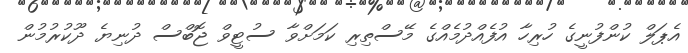
އެޕަލް ކުންފުނީގެ ހުރިހާ އުފެއްދުމެއްގެ މޭސްތިރި ކަމަށްވާ ސުޓީވް ޖޮބްސް ދުނިޔެ ދޫކުރުމުން